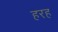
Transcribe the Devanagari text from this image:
हरह